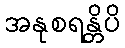
အနုစရန္တိပိ